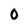
Character: 0